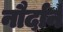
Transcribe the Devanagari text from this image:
नौर्दार्न